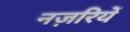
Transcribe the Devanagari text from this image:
नज़रियें